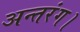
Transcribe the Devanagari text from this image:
अन्तरंग।